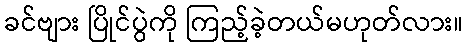
ခင်ဗျား ပြိုင်ပွဲကို ကြည့်ခဲ့တယ်မဟုတ်လား။